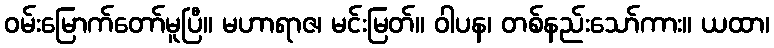
ဝမ်းမြောက်တော်မူပြီ။ မဟာရာဇ၊ မင်းမြတ်။ ဝါပန၊ တစ်နည်းသော်ကား။ ယထာ၊